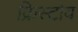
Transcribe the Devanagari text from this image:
क्रिस्टोव